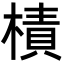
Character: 樍